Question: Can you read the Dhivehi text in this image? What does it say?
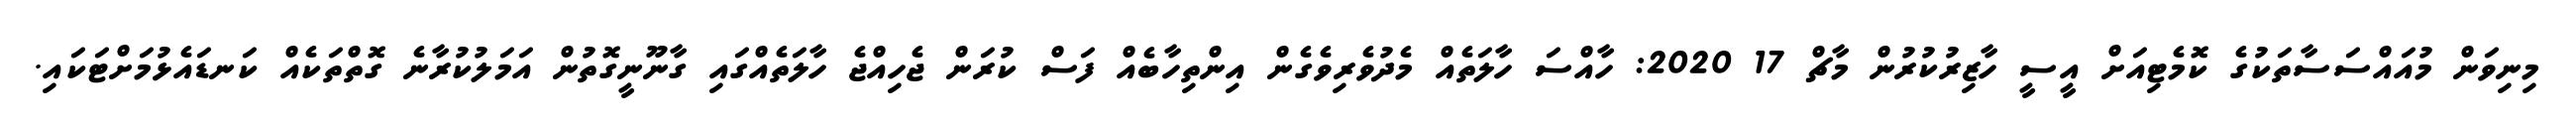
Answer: މިނިވަން މުއައްސަސާތަކުގެ ކޮމެޓިއަށް އީސީ ހާޒިރުކުރުން މާޗް 17 2020: ހާއްސަ ހާލަތެއް މެދުވެރިވެގެން އިންތިހާބެއް ފަސް ކުރަން ޖެހިއްޖެ ހާލަތެއްގައި ގާނޫނީގޮތުން އަމަލުކުރާނެ ގޮތްތަކެއް ކަނޑައެޅުމަށްޓަކައި.